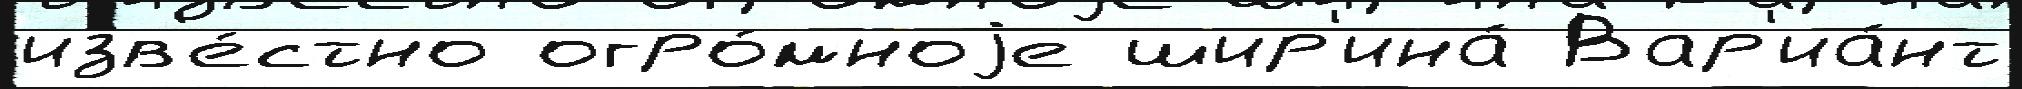
изв'е́стно огро́мноjе шир'ина́ Вар'иа́нт